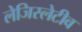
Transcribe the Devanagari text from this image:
लेजिस्लेटीव